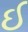
ઈ